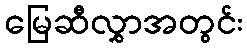
မြေဆီလွှာအတွင်း